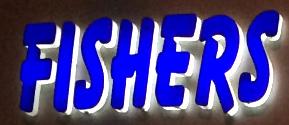
fishers